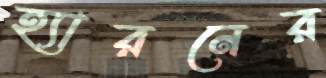
হ্যারনের